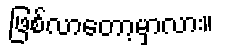
ဖြစ်လာတော့မှာလား။